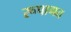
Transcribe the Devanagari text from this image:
रूपागत